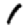
Digit: 1